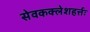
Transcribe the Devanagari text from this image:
सेवकक्लेशहर्त्तः